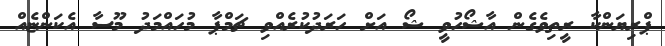
ޕްރިޔަންކާ ރީތިވެގެން އާޝޯހުވީ ޝޯ އަށް ހަރަދުކުރެއްވި ޗަމްޕާ މުހައްމަދު މޫސާ އެކަންޏެއް